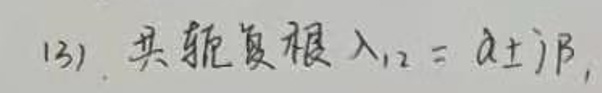
13) 共轭复根 $\lambda_{1,2}=\alpha\pm i\beta,$